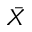
\bar { X }